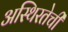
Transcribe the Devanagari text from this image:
अस्थिरतेची